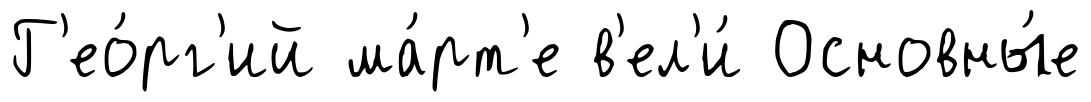
Г'ео́рг'ий ма́рт'е в'ел'и́ Основны́е